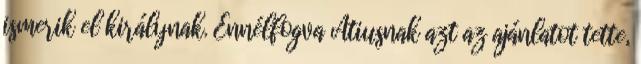
ismerik el királynak. Ennélfogva Atiusnak azt az ajánlatot tette,